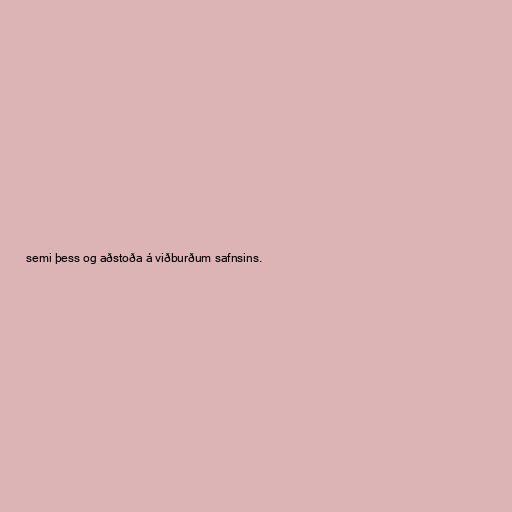
semi þess og aðstoða á viðburðum safnsins.